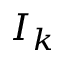
I _ { k }